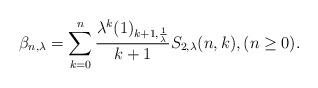
LaTeX: \begin{align*}\beta_{n,\lambda}=\sum_{k=0}^{n}\frac{\lambda^{k}(1)_{k+1,\frac{1}{\lambda}}}{k+1}S_{2,\lambda}(n,k),(n\ge 0). \end{align*}